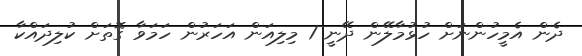
ދެން އެމީހުންނަށް ހުޅުމާލޭން ދޭނީ 1 މިލިއަން އަހަރުން ހަމަވާ ގޮތަށް ކުލިދައްކާ